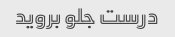
درست جلو بروید